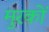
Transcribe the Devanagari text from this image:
मुरकों